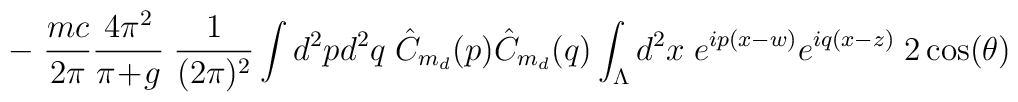
- \; \frac{mc}{2\pi} \frac{4 \pi^2}{\pi\!+\!g} \; \frac{1}{(2\pi)^2}\int d^2p d^2q \; \hat{C}_{m_d}(p) \hat{C}_{m_d}(q)\int_\Lambda d^2 x \; e^{ip(x-w)}e^{iq(x-z)}\; 2 \cos(\theta)